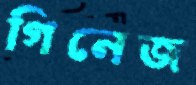
গিনেজ